Elephants and their diseases
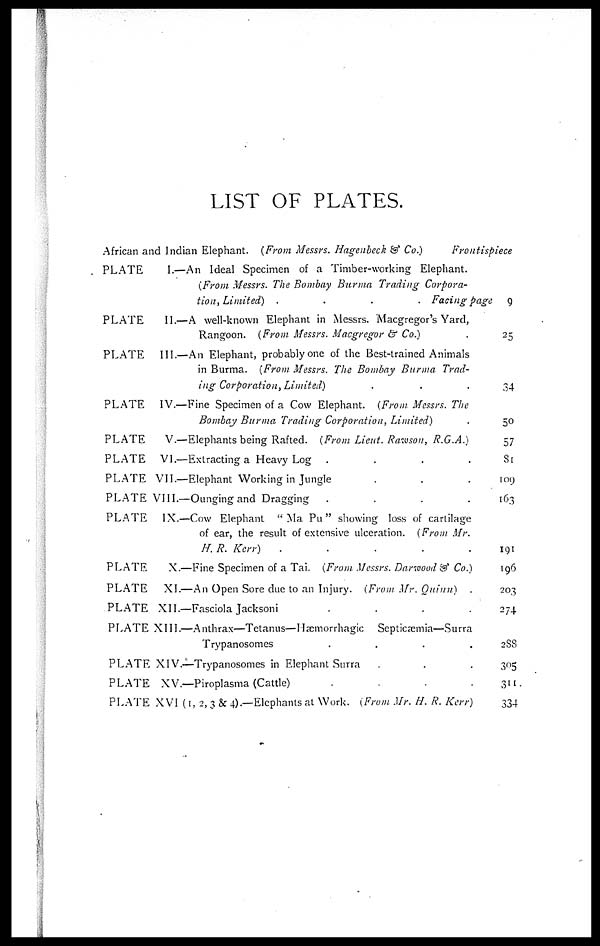
LIST OF PLATES.
African and Indian Elephant. {From Messrs. Hagenbeck & Co.)
Frontispiece
PLATE
PLATE
PLATE
PLATE
PLATE
PLATE
PLATE
I.—An Ideal Specimen of a Timber-working Elephant.
(From Messrs. The Bombay Burma Trading Corpora-
tion., Limited)
....
Facing page
II.—A well-known Elephant in Messrs. Macgregor's Yard,
Rangoon. {From Messrs. Macgregor & Co.)
III.—An Elephant, probably one of the Best-trained Animals
in Burma. (From Messrs. The Bombay Burma Trad-
ing Corporation,
Limited)
IV.—Fine Specimen of a Cow Elephant. (From Messrs. The
Bombay Burma Trading Corporation,
Limited)
V.—Elephants being Rafted. (From Lieut. Rawoson, R.G.A.)
VI.—Extracting a Heavy Log
....
VII.—Elephant Working in Jungle
PLATE VIII.—Ounging and Dragging
....
PLATE
PLATE
PLATE
PLATE
PLATE
PLATE
PLATE
PLATE
IX.—Cow Elephant "Ma Pu" showing loss of cartilage
of ear, the result of extensive ulceration. (From Mr.
H. R. Kerr)
.....
X.—Fine Specimen of a Tai. {From Messrs. Darwood & Co.)
XI.—An Open Sore due to an Injury. {From Mr. Ouinn)
.
XII.—Fasciola Jacksoni
....
XIII.—Anthrax—Tetanus—Hæmorrhagic
Septicæmia—Surra
Trypanosomes
....
XIV.—Trypanosomes in Elephant Surra
XV.—Piroplasma (Cattle)
....
XVI (1, 2, 3 & 4).—Elephants at Work. {From Mr. H. R. Kerr)
9
25
34
50
57
80
109
163
191
196
203
274
2S8
305
311
334